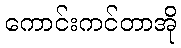
ကောင်းကင်တာအို